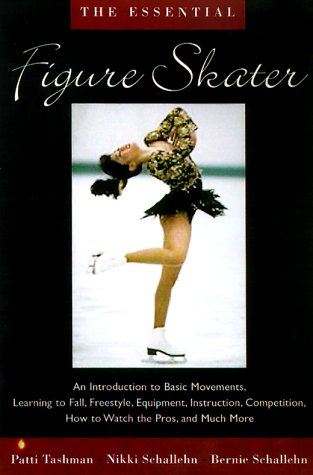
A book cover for The Essential Figure Skater; Bernie Schallehn; Sports & Outdoors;